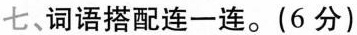
七、词语搭配连一连。（6分）